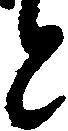
と